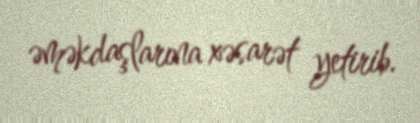
əməkdaşlarına xəsarət yetirib.